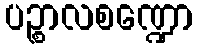
ပဉ္စာလစဏ္ဍော